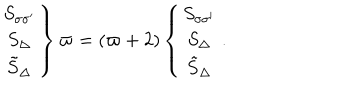
\left. \begin{array} { c c c } { { S _ { \sigma \sigma ^ { \prime } } \nonumber } } \\ { { S _ { \Delta } \nonumber } } \\ { { \tilde { S } _ { \Delta } } } \\ \end{array} \right\} \varpi = ( \varpi + 2 ) \left\{ \begin{array} { c c c } { { S _ { \sigma \sigma ^ { \prime } } \nonumber } } \\ { { S _ { \Delta } \nonumber } } \\ { { \tilde { S } _ { \Delta } } } \\ \end{array} \right. .